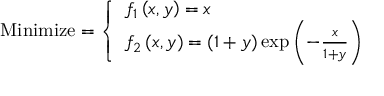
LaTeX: { \mathrm { M i n i m i z e } } = { \left\{ \begin{array} { l l } { f _ { 1 } \left( x , y \right) = x } \\ { f _ { 2 } \left( x , y \right) = \left( 1 + y \right) \exp \left( - { \frac { x } { 1 + y } } \right) } \end{array} \right. }